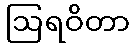
ဩရဝိတာ